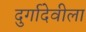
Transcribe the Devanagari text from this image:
दुर्गादेवीला